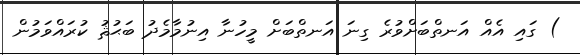
) ގައި އެއް އަނތްބަށްވުރެ ގިނަ އަނތްބަށް މީހުނާ އިނުމާމެދު ބަޙުޘު ކުރައްވަމުން